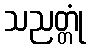
သညတ္တုံ